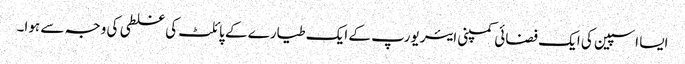
ایسا اسپین کی ایک فضائی کمپنی ایئر یورپ کے ایک طیارے کے پائلٹ کی غلطی کی وجہ سے ہوا۔